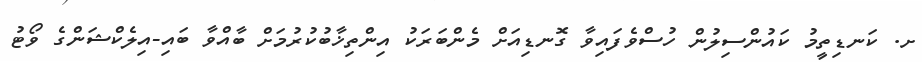
ށ. ކަނޑިތީމު ކައުންސިލުން ހުސްވެފައިވާ ގޮނޑިއަށް މެންބަރަކު އިންތިޚާބުކުރުމަށް ބާއްވާ ބައި-އިލެކްޝަންގެ ވޯޓު